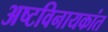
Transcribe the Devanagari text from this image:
अष्टविनायकांत